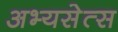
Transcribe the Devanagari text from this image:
अभ्यसेत्स